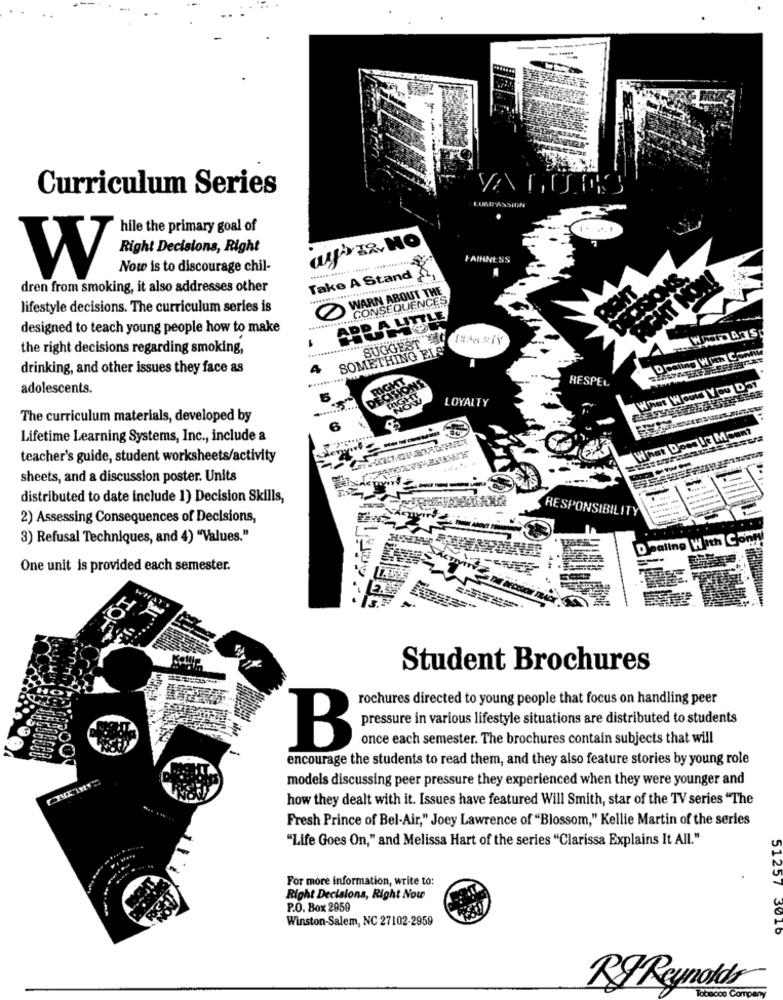
Curriculum Series
VALUES
hile the primary goal of
ays Ia. NO
FAIHNESS
Now is to discourage chil-
Take A Stand 22,
Right Dedalone, Right
dren from smoking, it also addresses other
WARN ABOUT THE
CONSEQUENCES
lifestyle decisions. The curriculum series is
NORT
TLE
designed to teach young people how to make
SUGGEST
the right decisions regarding smoking,
SOMETHING ELS
drinking, and other issues they face as
4
HESPEL
adolescents.
LOYALTY
The curriculum materials, developed by
6
Lifetime Learning Systems, Inc ., include a
--
What D
teacher's guide, student worksheets/activity
sheets, and a discussion poster. Units
distributed to date include 1) Decision Skills,
RESPONSIBILITY
2) Assessing Consequences of Decisions,
1-
3) Refusal Techniques, and 4) "Values."
One unit is provided each semester.
Student Brochures
rochures directed to young people that focus on handling peer
pressure in various lifestyle situations are distributed to students
once each semester. The brochures contain subjects that will
B
encourage the students to read them, and they also feature stories by young role
models discussing peer pressure they experienced when they were younger and
how they dealt with it. Issues have featured Will Smith, star of the TV series "The
Fresh Prince of Bel-Air," Joey Lawrence of "Blossom," Kellie Martin of the series
"Life Goes On," and Melissa Hart of the series "Clarissa Explains It All."
For more information, write to:
Right Decisions, Right Now
P.O. Box 2959
Winston-Salem, NC 27102-2959
51257 3010
RI Reynolds
obsecco Compan